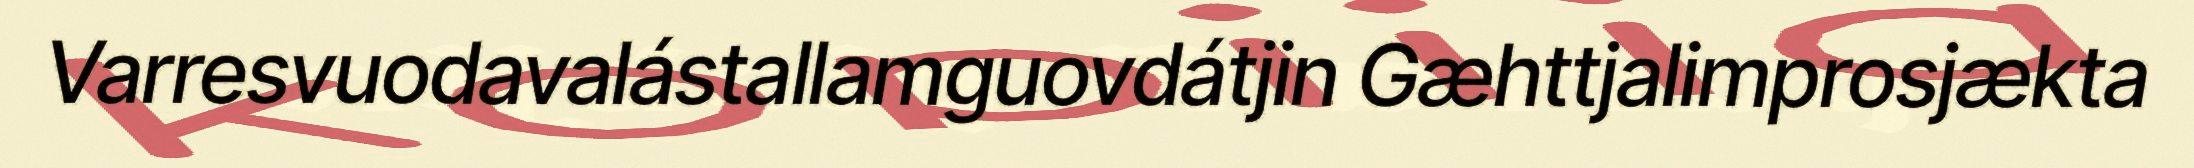
Varresvuodavalástallamguovdátjin Gæhttjalimprosjækta